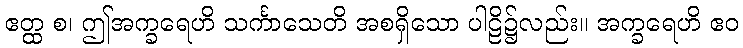
ဧတ္ထ စ၊ ဤအက္ခရေဟိ သင်္ကာသေတိ အစရှိသော ပါဠိ၌လည်း။ အက္ခရေဟိ ဧဝ